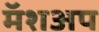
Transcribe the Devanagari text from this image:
मॅशअप